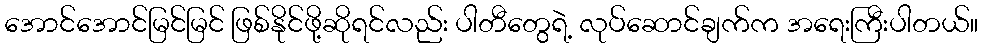
အောင်အောင်မြင်မြင် ဖြစ်နိုင်ဖို့ဆိုရင်လည်း ပါတီတွေရဲ့ လုပ်ဆောင်ချက်က အရေးကြီးပါတယ်။